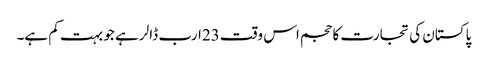
پاکستان کی تجارت کا حجم اس وقت23ارب ڈالر ہے جو بہت کم ہے۔